Vaccination in Bombay 1874-1876 - 1874-1876
Year: 1874
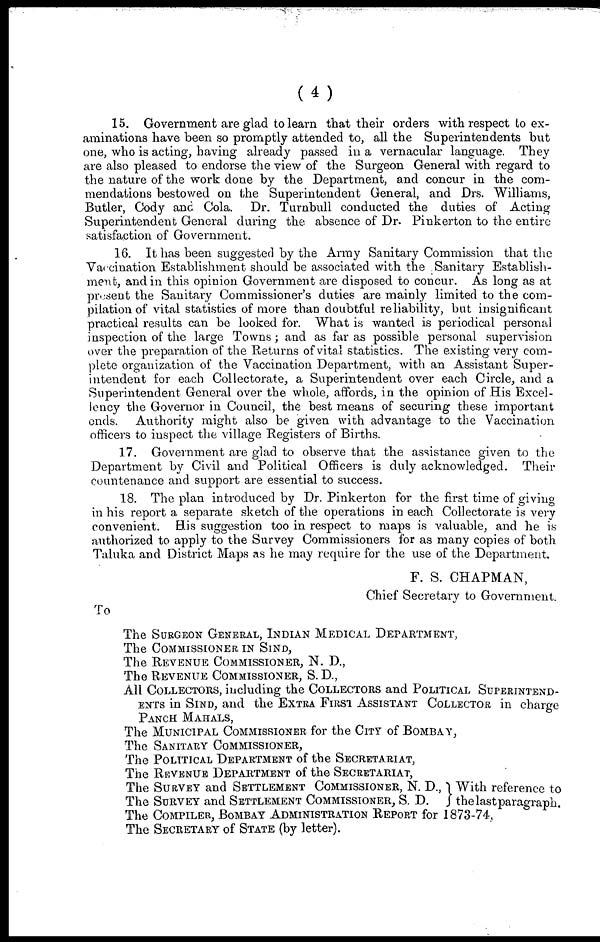
(4)
15. Government are glad to learn that their orders with respect to ex-
aminations have been so promptly attended to, all the Superintendents but
one, who is acting, having already passed in a vernacular language. They
are also pleased to endorse the view of the Surgeon General with regard to
the nature of the work done by the Department, and concur in the com-
mendations bestowed on the Superintendent General, and Drs. Williams,
Butler, Cody and Cola. Dr. Turnbull conducted the duties of Acting
Superintendent General during the absence of Dr. Pinkerton to the entire
satisfaction of Government.
16. It has been suggested by the Army Sanitary Commission that the
Vaccination Establishment should be associated with the Sanitary Establish-
ment, and in this opinion Government are disposed to concur. As long as at
present the Sanitary Commissioner's duties are mainly limited to the com-
pilation of vital statistics of more than doubtful reliability, but insignificant
practical results can be looked for. What is wanted is periodical personal
inspection of the large Towns; and as far as possible personal supervision
over the preparation of the Returns of vital statistics. The existing very com-
plete organization of the Vaccination Department, with an Assistant Super-
intendent for each Collectorate, a Superintendent over each Circle, and a
Superintendent General over the whole, affords, in the opinion of His Excel-
lency the Governor in Council, the best means of securing these important
ends. Authority might also be given with advantage to the Vaccination
officers to inspect the village Registers of Births.
17. Government are glad to observe that the assistance given to the
Department by Civil and Political Officers is duly acknowledged. Their
countenance and support are essential to success.
18. The plan introduced by Dr. Pinkerton for the first time of giving
in his report a separate sketch of the operations in each Collectorate is very
convenient. His suggestion too in respect to maps is valuable, and he is
authorized to apply to the Survey Commissioners for as many copies of both
Taluka and District Maps as he may require for the use of the Department.
F. S. CHAPMAN,
Chief Secretary to Government.
To
The SURGEON GENERAL, INDIAN MEDICAL DEPARTMENT,
The COMMISSIONER IN SIND,
The REVENUE COMMISSIONER, N. D.,
The REVENUE COMMISSIONER, S. D.,
All COLLECTORS, including the COLLECTORS and POLITICAL SUPERINTEND-
ENTS in SIND, and the EXTRA FIRST ASSISTANT COLLECTOR in charge
PANCH MAHALS,
The MUNICIPAL COMMISSIONER for the CITY of BOMBAY,
The SANITARY COMMISSIONER,
The POLITICAL DEPARTMENT of the SECRETARIAT,
The REVENUE DEPARTMENT of the SECRETARIAT,
The SURVEY and SETTLEMENT COMMISSIONER, N. D.,
The SURVEY and SETTLEMENT COMMISSIONER, S. D.
With reference to
the last paragraph.
The COMPILER, BOMBAY ADMINISTRATION REPORT for 1873-74,
The SECRETARY of STATE (by letter).